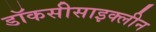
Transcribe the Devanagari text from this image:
डॉकसीसाइक्लीन